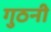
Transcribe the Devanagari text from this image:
गुठनी